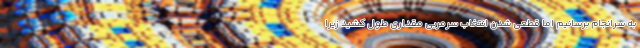
به سرانجام برسانیم اما قطعی شدن انتخاب سرمربی مقداری طول کشید زیرا